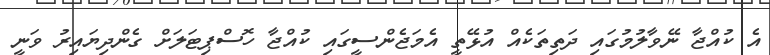
އެ ކުއްޖާ ނޭވާލުމުގައި ދަތިތަކެއް އުޅޭތީ އެމަޖެންސީގައި ކުއްޖާ ހޮސްޕިޓަލަށް ގެންދިޔައިރު ވަނީ